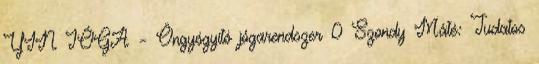
YIN JÓGA – Öngyógyító jógarendszer 0 Szondy Máté: Tudatos